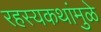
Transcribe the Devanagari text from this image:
रहस्यकथांमुळे